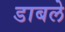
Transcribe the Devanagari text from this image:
डाबले